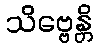
သိဗ္ဗေန္တိ